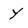
Character: Y